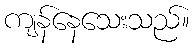
ကျန်နေသေးသည်။